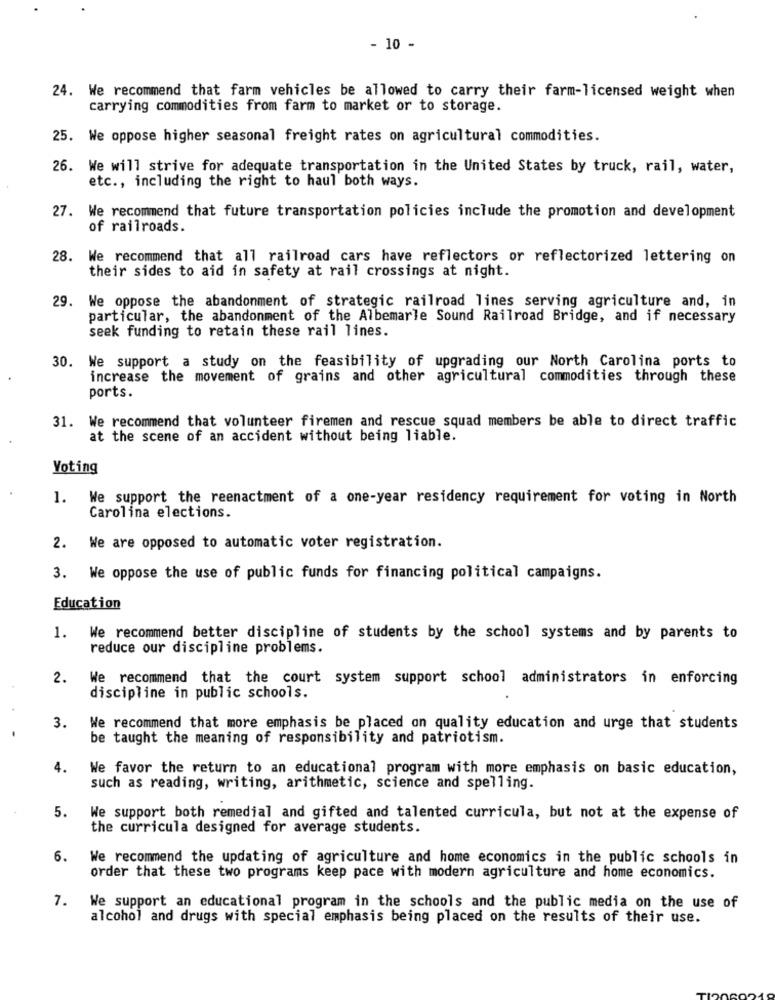
- 10 -
24. We recommend that farm vehicles be allowed to carry their farm-licensed weight when
carrying commodities from farm to market or to storage.
25. We oppose higher seasonal freight rates on agricultural commodities.
26. We will strive for adequate transportation in the United States by truck, rail, water,
etc ., including the right to haul both ways.
27. We recommend that future transportation policies include the promotion and development
of railroads.
28. We recommend that all railroad cars have reflectors or reflectorized lettering on
their sides to aid in safety at rail crossings at night.
29. We oppose the abandonment of strategic railroad lines serving agriculture and, in
particular, the abandonment of the Albemarle Sound Railroad Bridge, and if necessary
seek funding to retain these rail lines.
30. We support a study on the feasibility of upgrading our North Carolina ports to
increase the movement of grains and other agricultural commodities through these
ports.
31. We recommend that volunteer firemen and rescue squad members be able to direct traffic
at the scene of an accident without being liable.
Voting
1.
We support the reenactment of a one-year residency requirement for voting in North
Carolina elections.
2.
We are opposed to automatic voter registration.
3. We oppose the use of public funds for financing political campaigns.
Education
1.
We recommend better discipline of students by the school systems and by parents to
reduce our discipline problems.
2.
We recommend that the court system support school administrators in enforcing
discipline in public schools.
.
3.
We recommend that more emphasis be placed on quality education and urge that students
be taught the meaning of responsibility and patriotism.
4.
We favor the return to an educational program with more emphasis on basic education,
such as reading, writing, arithmetic, science and spelling.
5.
We support both remedial and gifted and talented curricula, but not at the expense of
the curricula designed for average students.
6.
We recommend the updating of agriculture and home economics in the public schools in
order that these two programs keep pace with modern agriculture and home economics.
7.
We support an educational program in the schools and the public media on the use of
alcohol and drugs with special emphasis being placed on the results of their use.